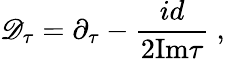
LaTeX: {\cal\mathscr{D}}_{\tau}=\partial_{\tau}-{\frac{{id}}{{2\mathrm{{Im}}\tau}}}~,